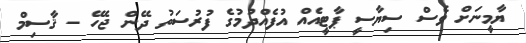
ޔާމީނަށް ވެސް ސިޔާސީ ޕާޓީއެއް އުފެއްދުމުގެ ފުރުސަތު ދޭން ޖެހޭ - ޤާސިމް